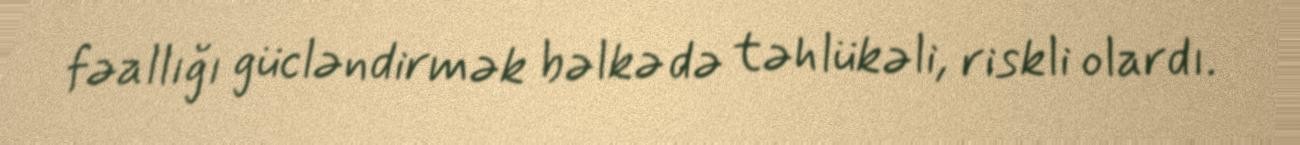
fəallığı gücləndirmək bəlkə də təhlükəli, riskli olardı.